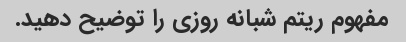
مفهوم ریتم شبانه روزی را توضیح دهید.